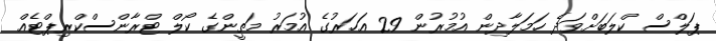
ޕަލްސް ކްލަބަށްވަދެ ހަމަލާދިން އުމުރުން 29 އަހަރުގެ އުމަރު މަތީންގެ ކޯލް ޓްރާންސްކްރިޕްޓެއް